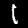
Digit: 1